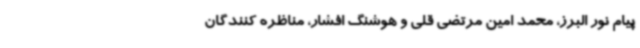
پیام نور البرز، محمد امین مرتضی قلی و هوشنگ افشار، مناظره کنندگان